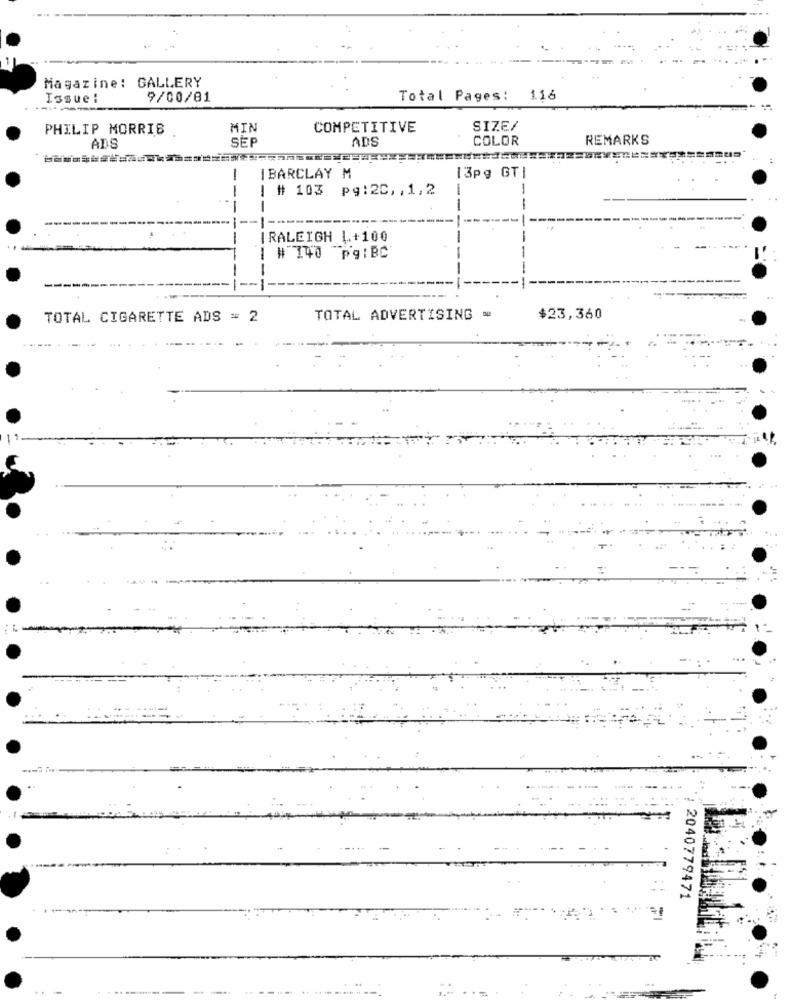
Magazine: GALLERY
Issue:
9/00/81
Total Pages:
116
PHILIP MORRIS
MIN
COMPETITIVE
SIZE/
SEP
ADS
COLOR
REMARKS
ADS
-
I BARCLAY M
13pg GTI
-
| # 103 pg:20 ,, 1,2
--
--
IRALEIGH L+100
1 # 140
pg : BC
-
TOTAL CIGARETTE ADS = 2
TOTAL ADVERTISING =
$23,360
2040779471